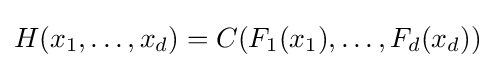
H(x_{1},\dots ,x_{d})=C(F_{1}(x_{1}),\dots ,F_{d}(x_{d}))